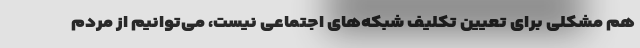
هم مشکلی برای تعیین تکلیف شبکه‌های اجتماعی نیست، می‌توانیم از مردم